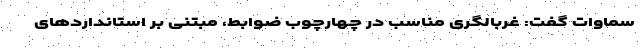
سماوات گفت: غربالگری مناسب در چهارچوب ضوابط، مبتنی بر استانداردهای